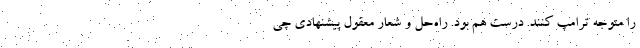
را متوجه ترامپ کنند. درست هم بود. راه‌حل و شعار معقول پیشنهادی چی